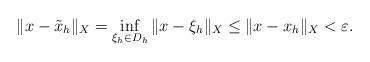
LaTeX: \begin{align*} \Vert x - \tilde x_h \Vert_X = \inf_{\xi_h \in D_h} \Vert x - \xi_h \Vert_X \leq \Vert x - x_h \Vert_X < \varepsilon. \end{align*}